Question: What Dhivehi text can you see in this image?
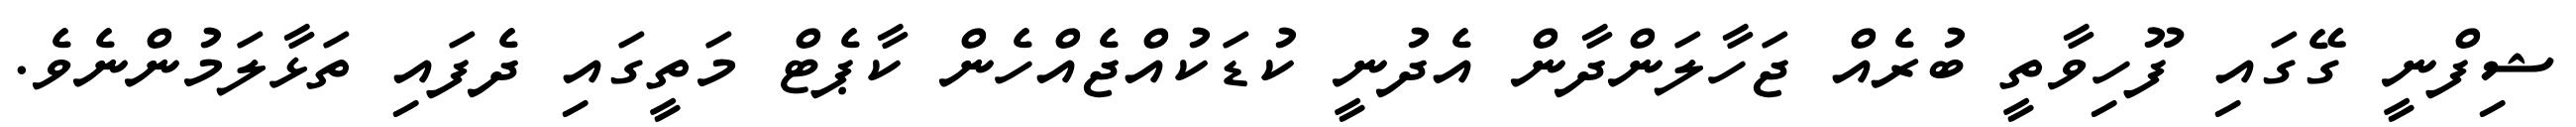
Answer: ޝިފްނީ ގޭގައި ފޫހިވާތީ ބުރެއް ޖަހާލަންދާން އެދުނީ ކުޑަކުއްޖެއްހެން ކާޕެޓް މަތީގައި ދެފައި ތަޅާލަމުންނެވެ.